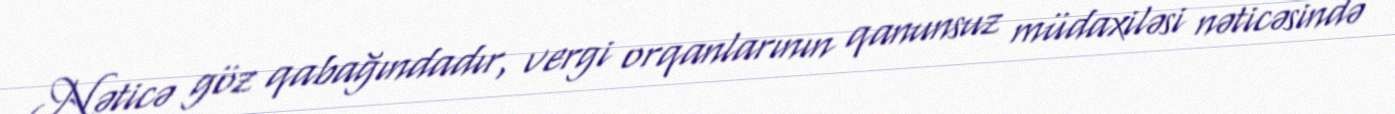
Nəticə göz qabağındadır, vergi orqanlarının qanunsuz müdaxiləsi nəticəsində